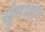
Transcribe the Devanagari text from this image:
चुंगथान